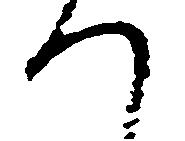
つ